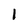
Character: 1